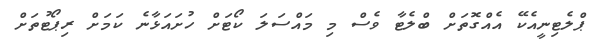
ޕްލެޓިނީއެކޭ އެއްގޮތަށް ބްލެޓާ ވެސް މި މައްސަލަ ކޯޓަށް ހުށައަޅާނެ ކަމަށް ރިޕޯޓުތަށް